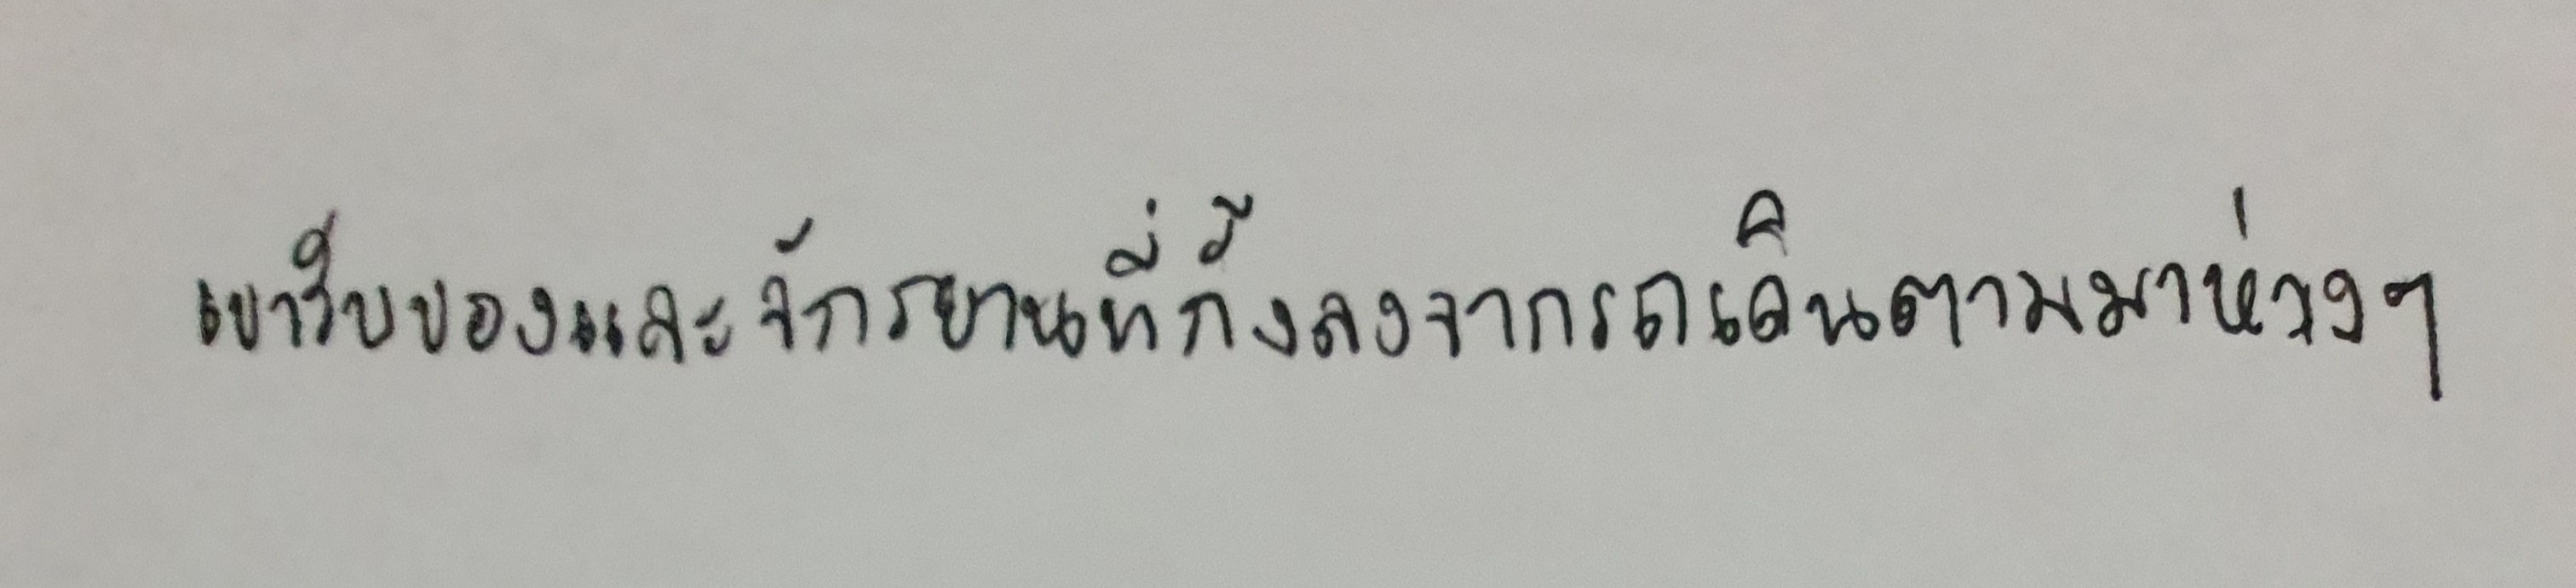
เขารับของและจักรยานที่กั้งลงจากรถเดินตามมาห่างๆ